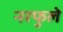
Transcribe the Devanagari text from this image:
नरफुले